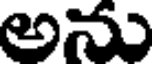
అను